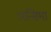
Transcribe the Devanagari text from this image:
अन्सिभा